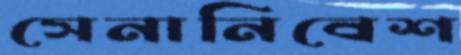
সেনানিবেশ